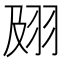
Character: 𰭟